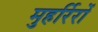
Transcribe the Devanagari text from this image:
मुहर्रिरों